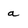
Character: a